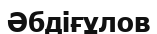
Әбдіғұлов